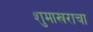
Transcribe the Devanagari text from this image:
शुमाखराचा